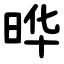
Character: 晔